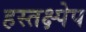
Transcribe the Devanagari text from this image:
हस्तक्ष्पेप